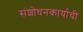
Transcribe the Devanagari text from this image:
संशोधनकार्याची